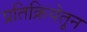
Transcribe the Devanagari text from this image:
प्रतिक्रियेतून